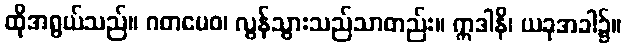
ထိုအရွယ်သည်။ ဂတမေဝ၊ လွန်သွားသည်သာတည်း။ ဣဒါနိ၊ ယခုအခါ၌။